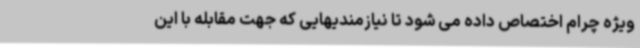
ویژه چرام اختصاص داده می شود تا نیازمندیهایی که جهت مقابله با این